Laimjala_vallavalitsus, lk 17
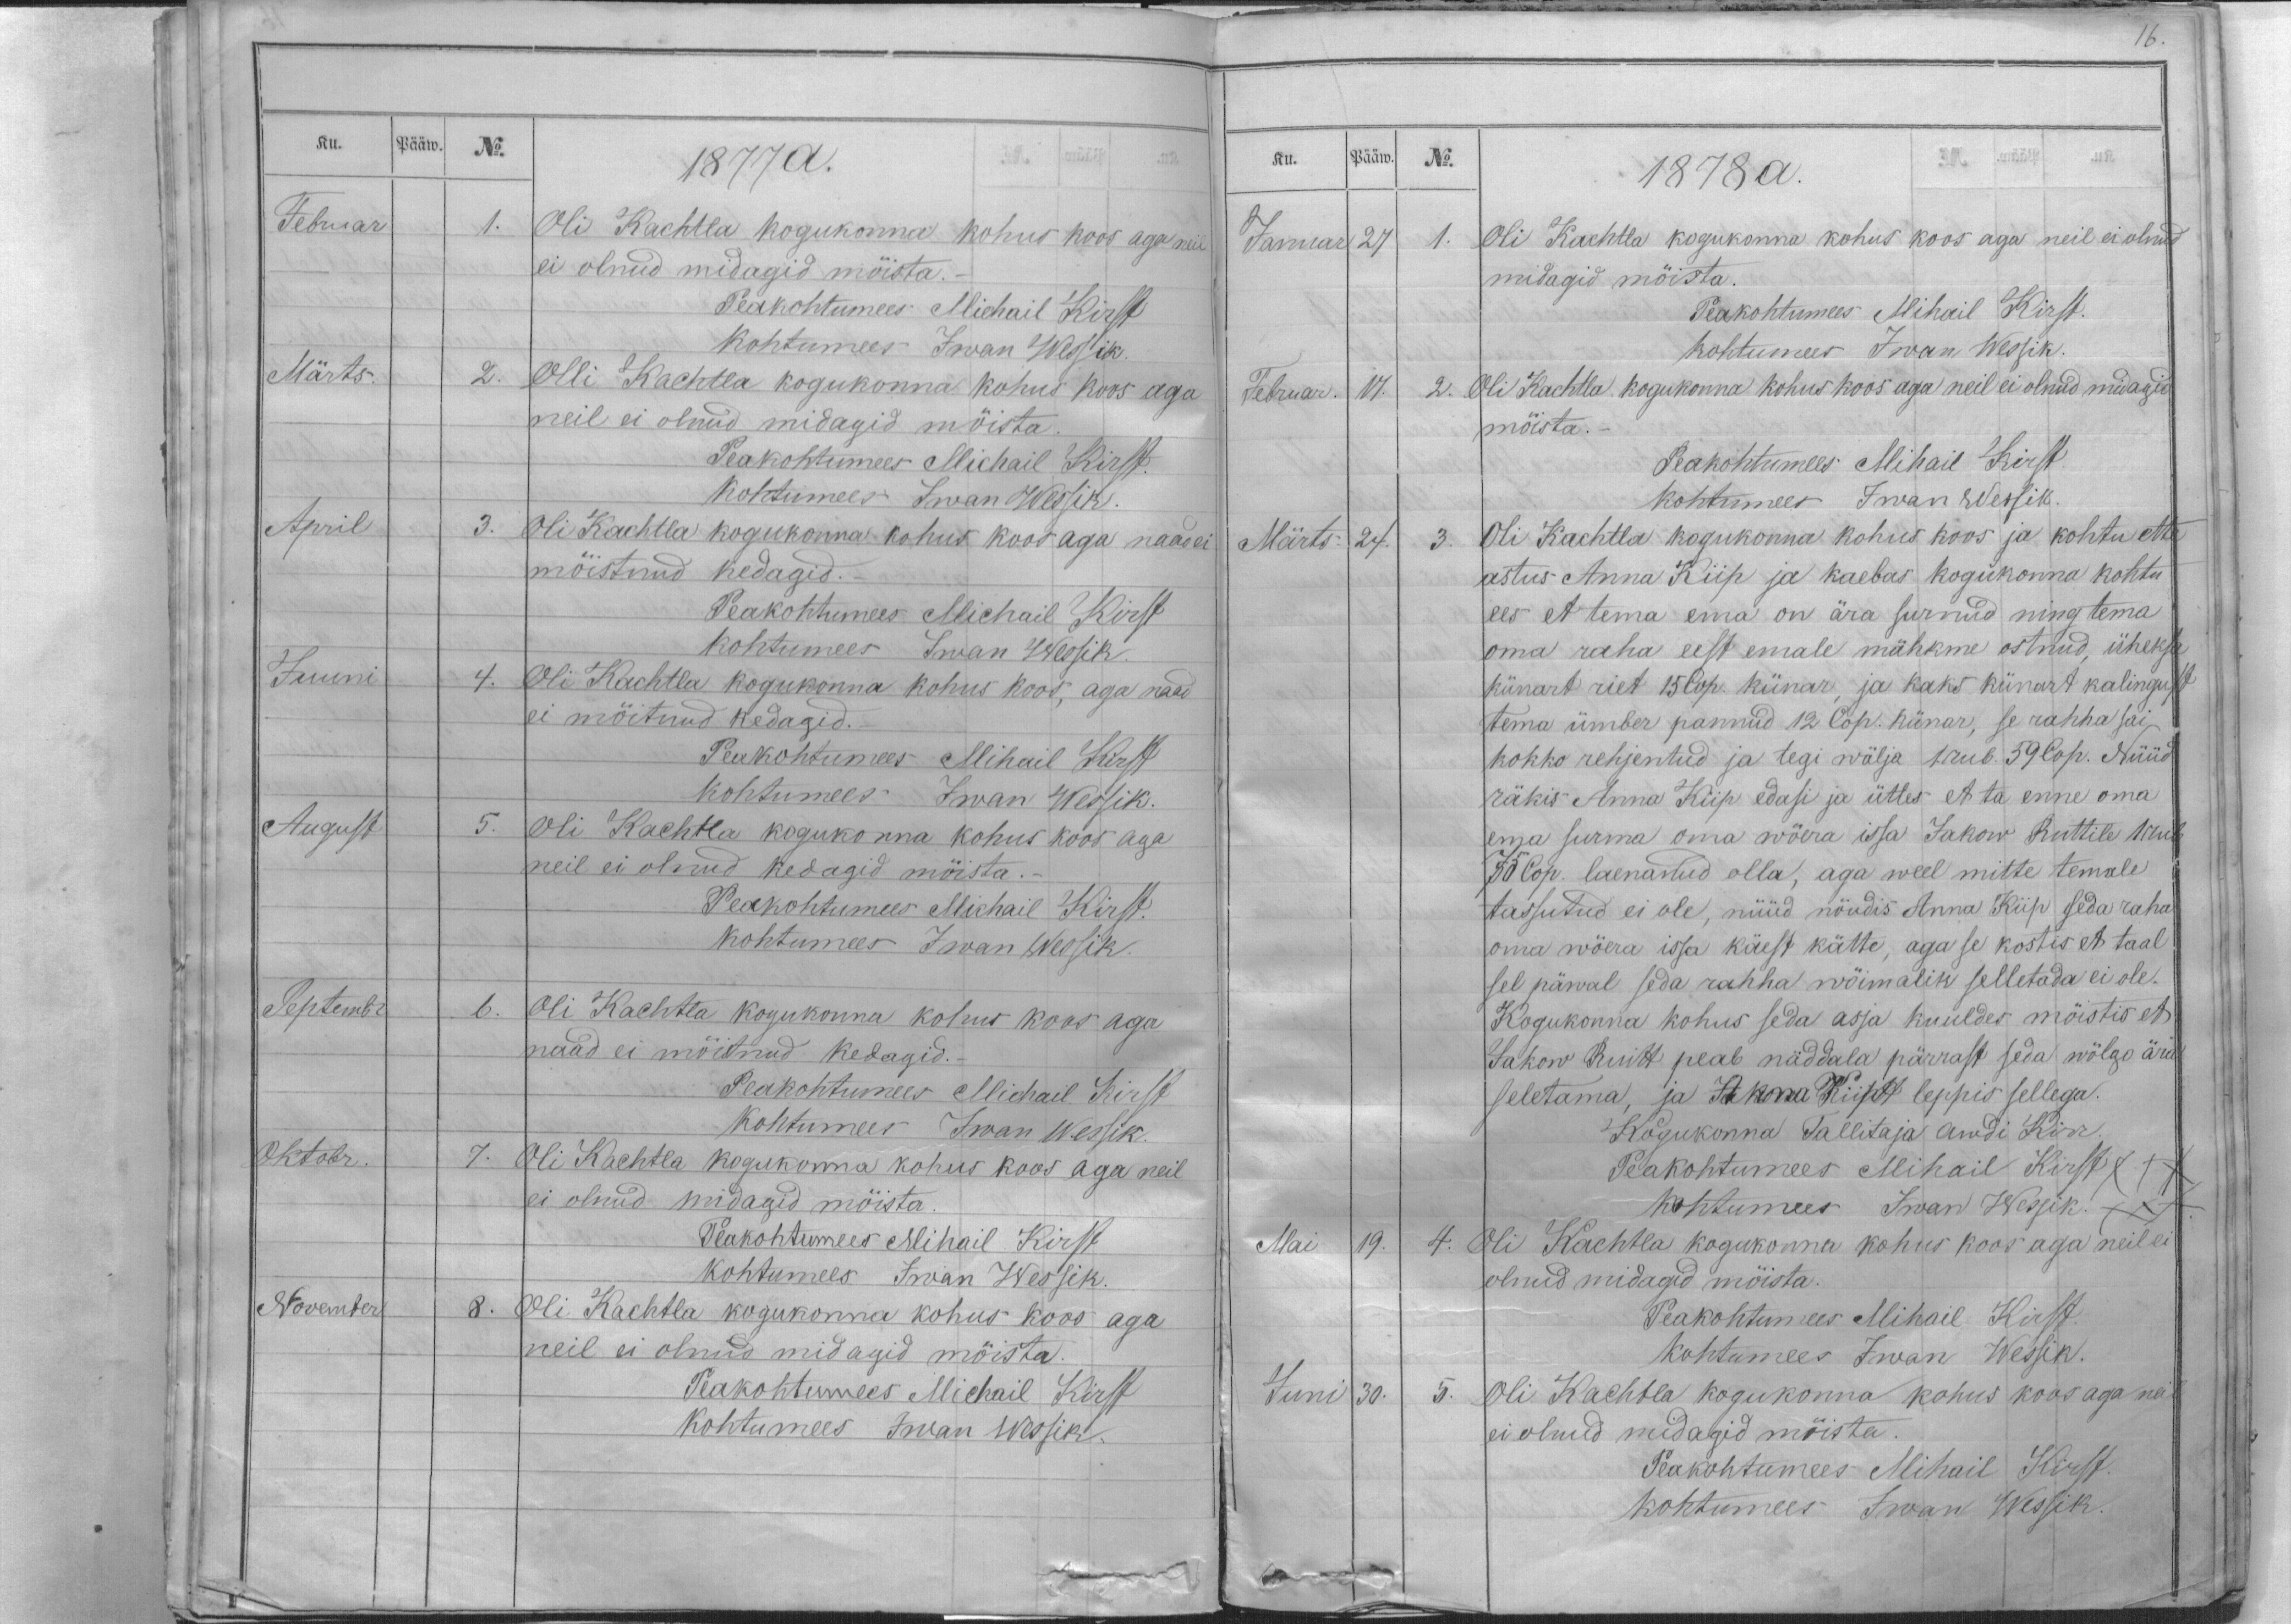
Ku.
Pääw.
No.
1877 a.
Februar
1.
Oli Kachtla kogukonna kohus koos aga neil
ei olnud midagid mõista.
Peakohtumees Michail Kirst
kohtumees Iwan Wessik
Märts.
2.
Olli Kachtla kogukonna kohus koos aga
neil ei olnud midagid mõista.
Peakohtumees Michail Kirst.
Kohtumees Iwan Wessik.
April
3.
Oli Kachtla kogukonna kohus koos aga naad ei
mõistnud kedagid.
Peakohtumees Michail Kirst
kohtumees Iwan Wessik.
Juuni
4.
Oli Kachtla kogukonna kohus koos, aga naad
ei mõitnud kedagid.
Peakohtumees Mihail Kirst
kohtumees Iwan Wessik.
August
5.
oli Kachtla kogukonna kohus koos aga
neil ei olnud kedagid mõista.
Peakohtumees Michail Kirst.
kohtumees Iwan Wessik.
Sestembr
6.
Oli Kachtla kogukonna kohus koos aga
naad ei mõistnud kedagid.
Peakohtumees Michail Kirst
Kohtumees Iwan Wessik
Oktobr.
7.
Oli Kachtla kogukonna kohus koos aga neil
ei olnud midagid mõista.
Peakohtumees Mihail Kirst
kohtumees Iwan Wessik.
November
8.
Oli Kachtla kogukonna kohus koos aga
neil ei olnud midagid mõista.
Peakohtumees Michail Kirst
Kohtumees Iwan Wessik.

16.
Ku.
Pääw.
No.
1878 a.
Januar
27
1.
Oli Kachtla kogukonna kohus koos aga neil ei olnud
midagid mõista.
Peakohtumees Mihail Kirst.
kohtumees Iwan Wessik.
Februar.
17.
2.
Oli Kachtla kogukonna kohus koos aga neil ei olnud midagid
mõista.
Peakohtumees Mihail Kirst
Kohtumees Iwan Wessik
Märts.
24.
3.
Oli Kachtla kogukonna kohus koos ja kohtu ette
astus Anna Kiip ja kaebas kogukonna kohtu
ees et tema ema on ära surnud ning tema
oma raha eest emale mähkme ostnud, üheksa
künart riet 15 Cop. künar, ja kaks künart kalingust
tema ümber pannud 12 Cop. künar, se rahha sai
kokko rehjentud ja tegi wälja 1 rub. 59 Cop. Nüüd
räkis Anna Kiip edasi ja ütles et ta enne oma
ema surma oma wõera issa Jakow Ruttile 1 rub
75 Cop. laenanud olla, aga weel mitte temale
tassutud ei ole, nüüd nõudis Anna Kiip seda raha
oma wõera issa käest kätte, aga se kostis et taal
sel päwal seda rahha wõimalik selletada ei ole.
Kogukonna kohus seda asja kuuldes mõistis et
Jakow Ruitt peab näddala pärrast seda wõlgo ära
seletama, ja Anna Kiip leppis sellega.
Kogukonna Tallitaja Awdi Kirr.
Peakohtumees Mihail Kirst XXX
Kohtumees Iwan Wessik. XXX
Mai
19.
4.
Oli Kachtla kogukonna kohus koos aga neil ei
olnud midagid mõista.
Peakohtumees Mihail Kirst.
Kohtumees Iwan Wessik.
Juni
30.
5.
Oli Kachtla kogukonna kohus koos aga neil
ei olnud midagid mõista.
Peakohtumees Mihail Kirst.
kohtumees Iwan Wessik.